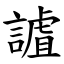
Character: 謯